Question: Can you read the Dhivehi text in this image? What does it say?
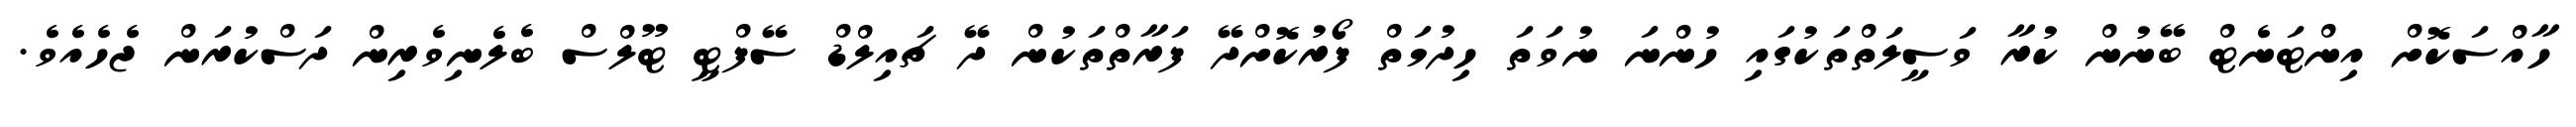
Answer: ހާއްސަކޮށް އިންޓަނެޓް ބޭނުން ކުރާ ވަސީލަތްތަކުގައި ހުންނަ ނުވަތަ ހިދުމަތް ފޯރުކޮށްދޭ ފަރާތްތަކުން ދޭ ޗައިލްޑް ސޭފްޓީ ޓޫލްސް ބެލެނިވެރިން ދަސްކުރަން ޖެހެއެވެ.